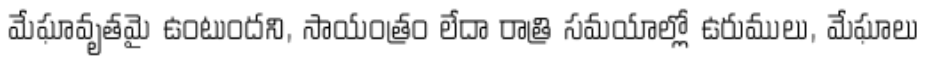
మేఘావృతమై ఉంటుందని, సాయంత్రం లేదా రాత్రి సమయాల్లో ఉరుములు, మేఘాలు